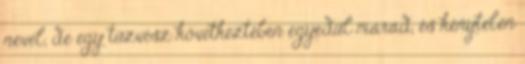
nevel, de egy tűzvész következtében egyedül marad, és kénytelen